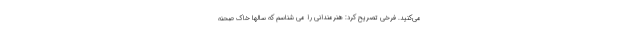
می‌کنید. فرخی تصریح کرد: هنرمندانی را می شناسم که سالها خاک صحنه